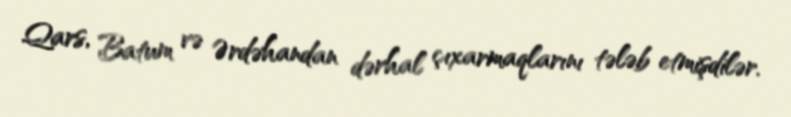
Qars, Batum və Ərdəhandan dərhal çıxarmaqlarını tələb etmişdilər.